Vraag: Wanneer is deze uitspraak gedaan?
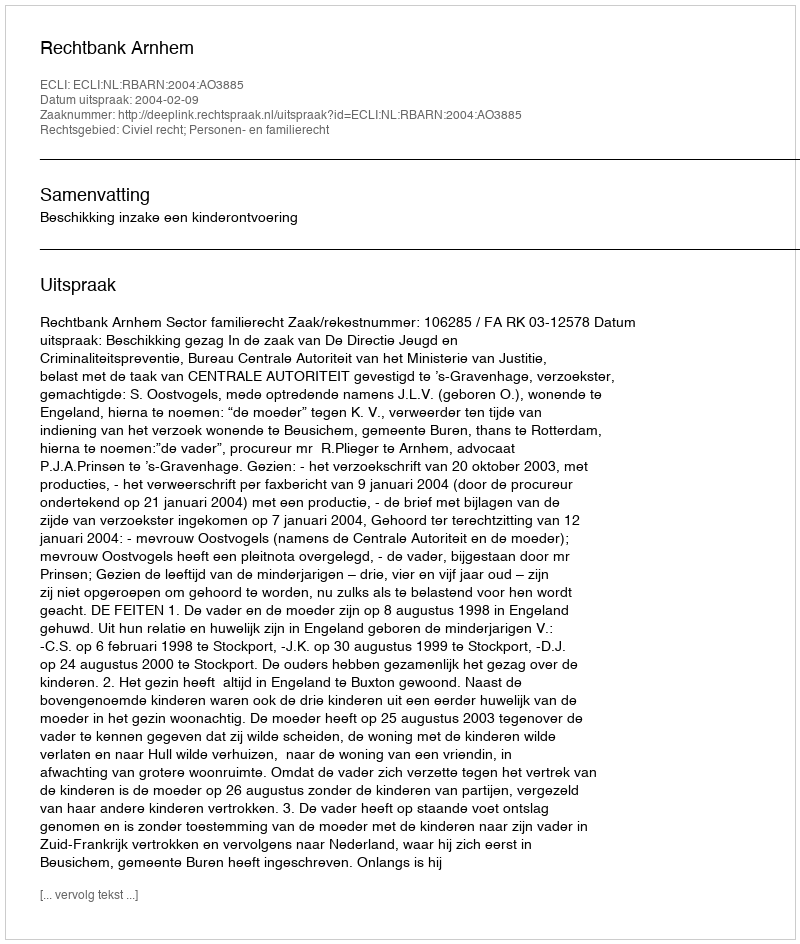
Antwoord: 2004-02-09